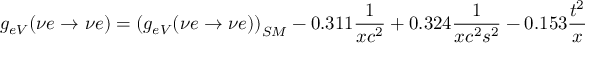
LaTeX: g _ { e V } ( \nu e \rightarrow \nu e ) = \left( g _ { e V } ( \nu e \rightarrow \nu e ) \right) _ { S M } - 0 . 3 1 1 { \frac { 1 } { x c ^ { 2 } } } + 0 . 3 2 4 { \frac { 1 } { x c ^ { 2 } s ^ { 2 } } } - 0 . 1 5 3 { \frac { t ^ { 2 } } { x } }